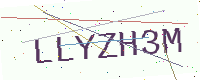
Text: LLYZH3M